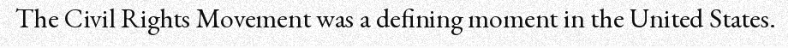
The Civil Rights Movement was a defining moment in the United States.